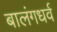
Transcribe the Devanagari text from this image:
बालंगधर्व